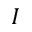
I